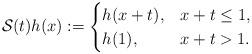
LaTeX: \begin{align*} \mathcal S(t)h(x):=\begin{cases} h(x+t), & x+t\leq 1,\\h(1), & x+t>1.\end{cases}\end{align*}